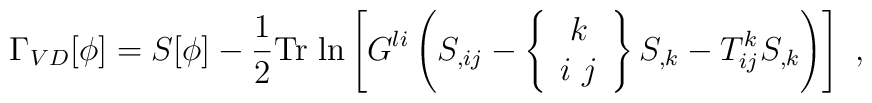
\Gamma_{VD}[\phi]=S[\phi]-\frac{1}{2}{\rm Tr\ ln}\left[G^{li}\left(S_{,ij}-\left\{\begin{array}{c}k \\ i\ j\end{array}\right\}S_{,k}-T^{k}_{ij}S_{,k}\right)\right]\ ,